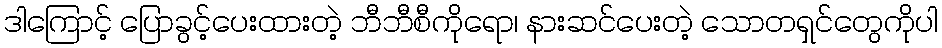
ဒါကြောင့် ပြောခွင့်ပေးထားတဲ့ ဘီဘီစီကိုရော၊ နားဆင်ပေးတဲ့ သောတရှင်တွေကိုပါ